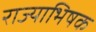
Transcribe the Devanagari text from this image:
राज्याभिषक